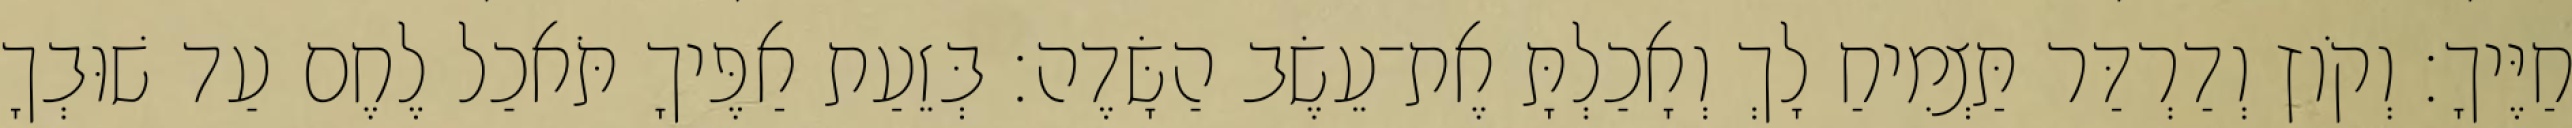
חַיֶּיךָ׃ וְקֹוץ וְדַרְדַּר תַּצְמִיחַ לָךְ וְאָכַלְתָּ אֶת־עֵשֶׂב הַשָּׂדֶה׃ בְּזֵעַת אַפֶּיךָ תֹּאכַל לֶחֶם עַד שׁוּבְךָ